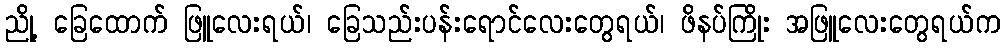
ညို့ ခြေထောက် ဖြူလေးရယ်၊ ခြေသည်းပန်းရောင်လေးတွေရယ်၊ ဖိနပ်ကြိုး အဖြူလေးတွေရယ်က